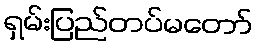
ရှမ်းပြည်တပ်မတော်